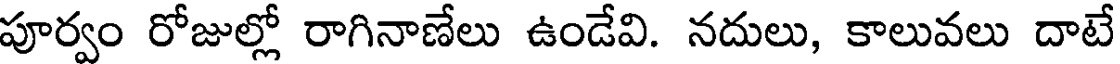
పూర్వం రోజుల్లో రాగినాణేలు ఉండేవి. నదులు, కాలువలు దాటే